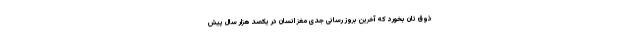
ذوق تان بخورد که آخرین بروز رسانی جدی مغز انسان در یکصد هزار سال پیش